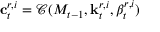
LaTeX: \mathbf { c } _ { t } ^ { r , i } = { \mathcal { C } } ( M _ { t - 1 } , \mathbf { k } _ { t } ^ { r , i } , \beta _ { t } ^ { r , i } )